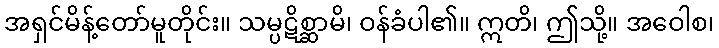
အရှင်မိန့်တော်မူတိုင်း။ သမ္ပဋိစ္ဆာမိ၊ ဝန်ခံပါ၏။ ဣတိ၊ ဤသို့။ အဝေါစ၊